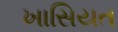
ખાસિયત